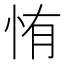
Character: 㤢